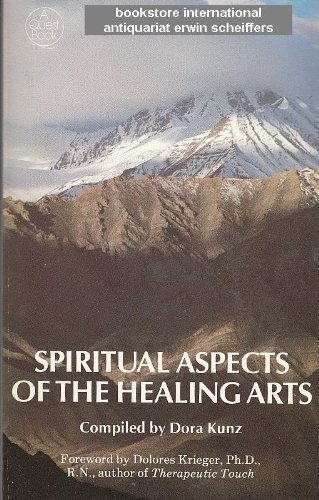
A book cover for Spiritual Aspects of the Healing Arts (Quest Books); Dora Kunz; Health, Fitness & Dieting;